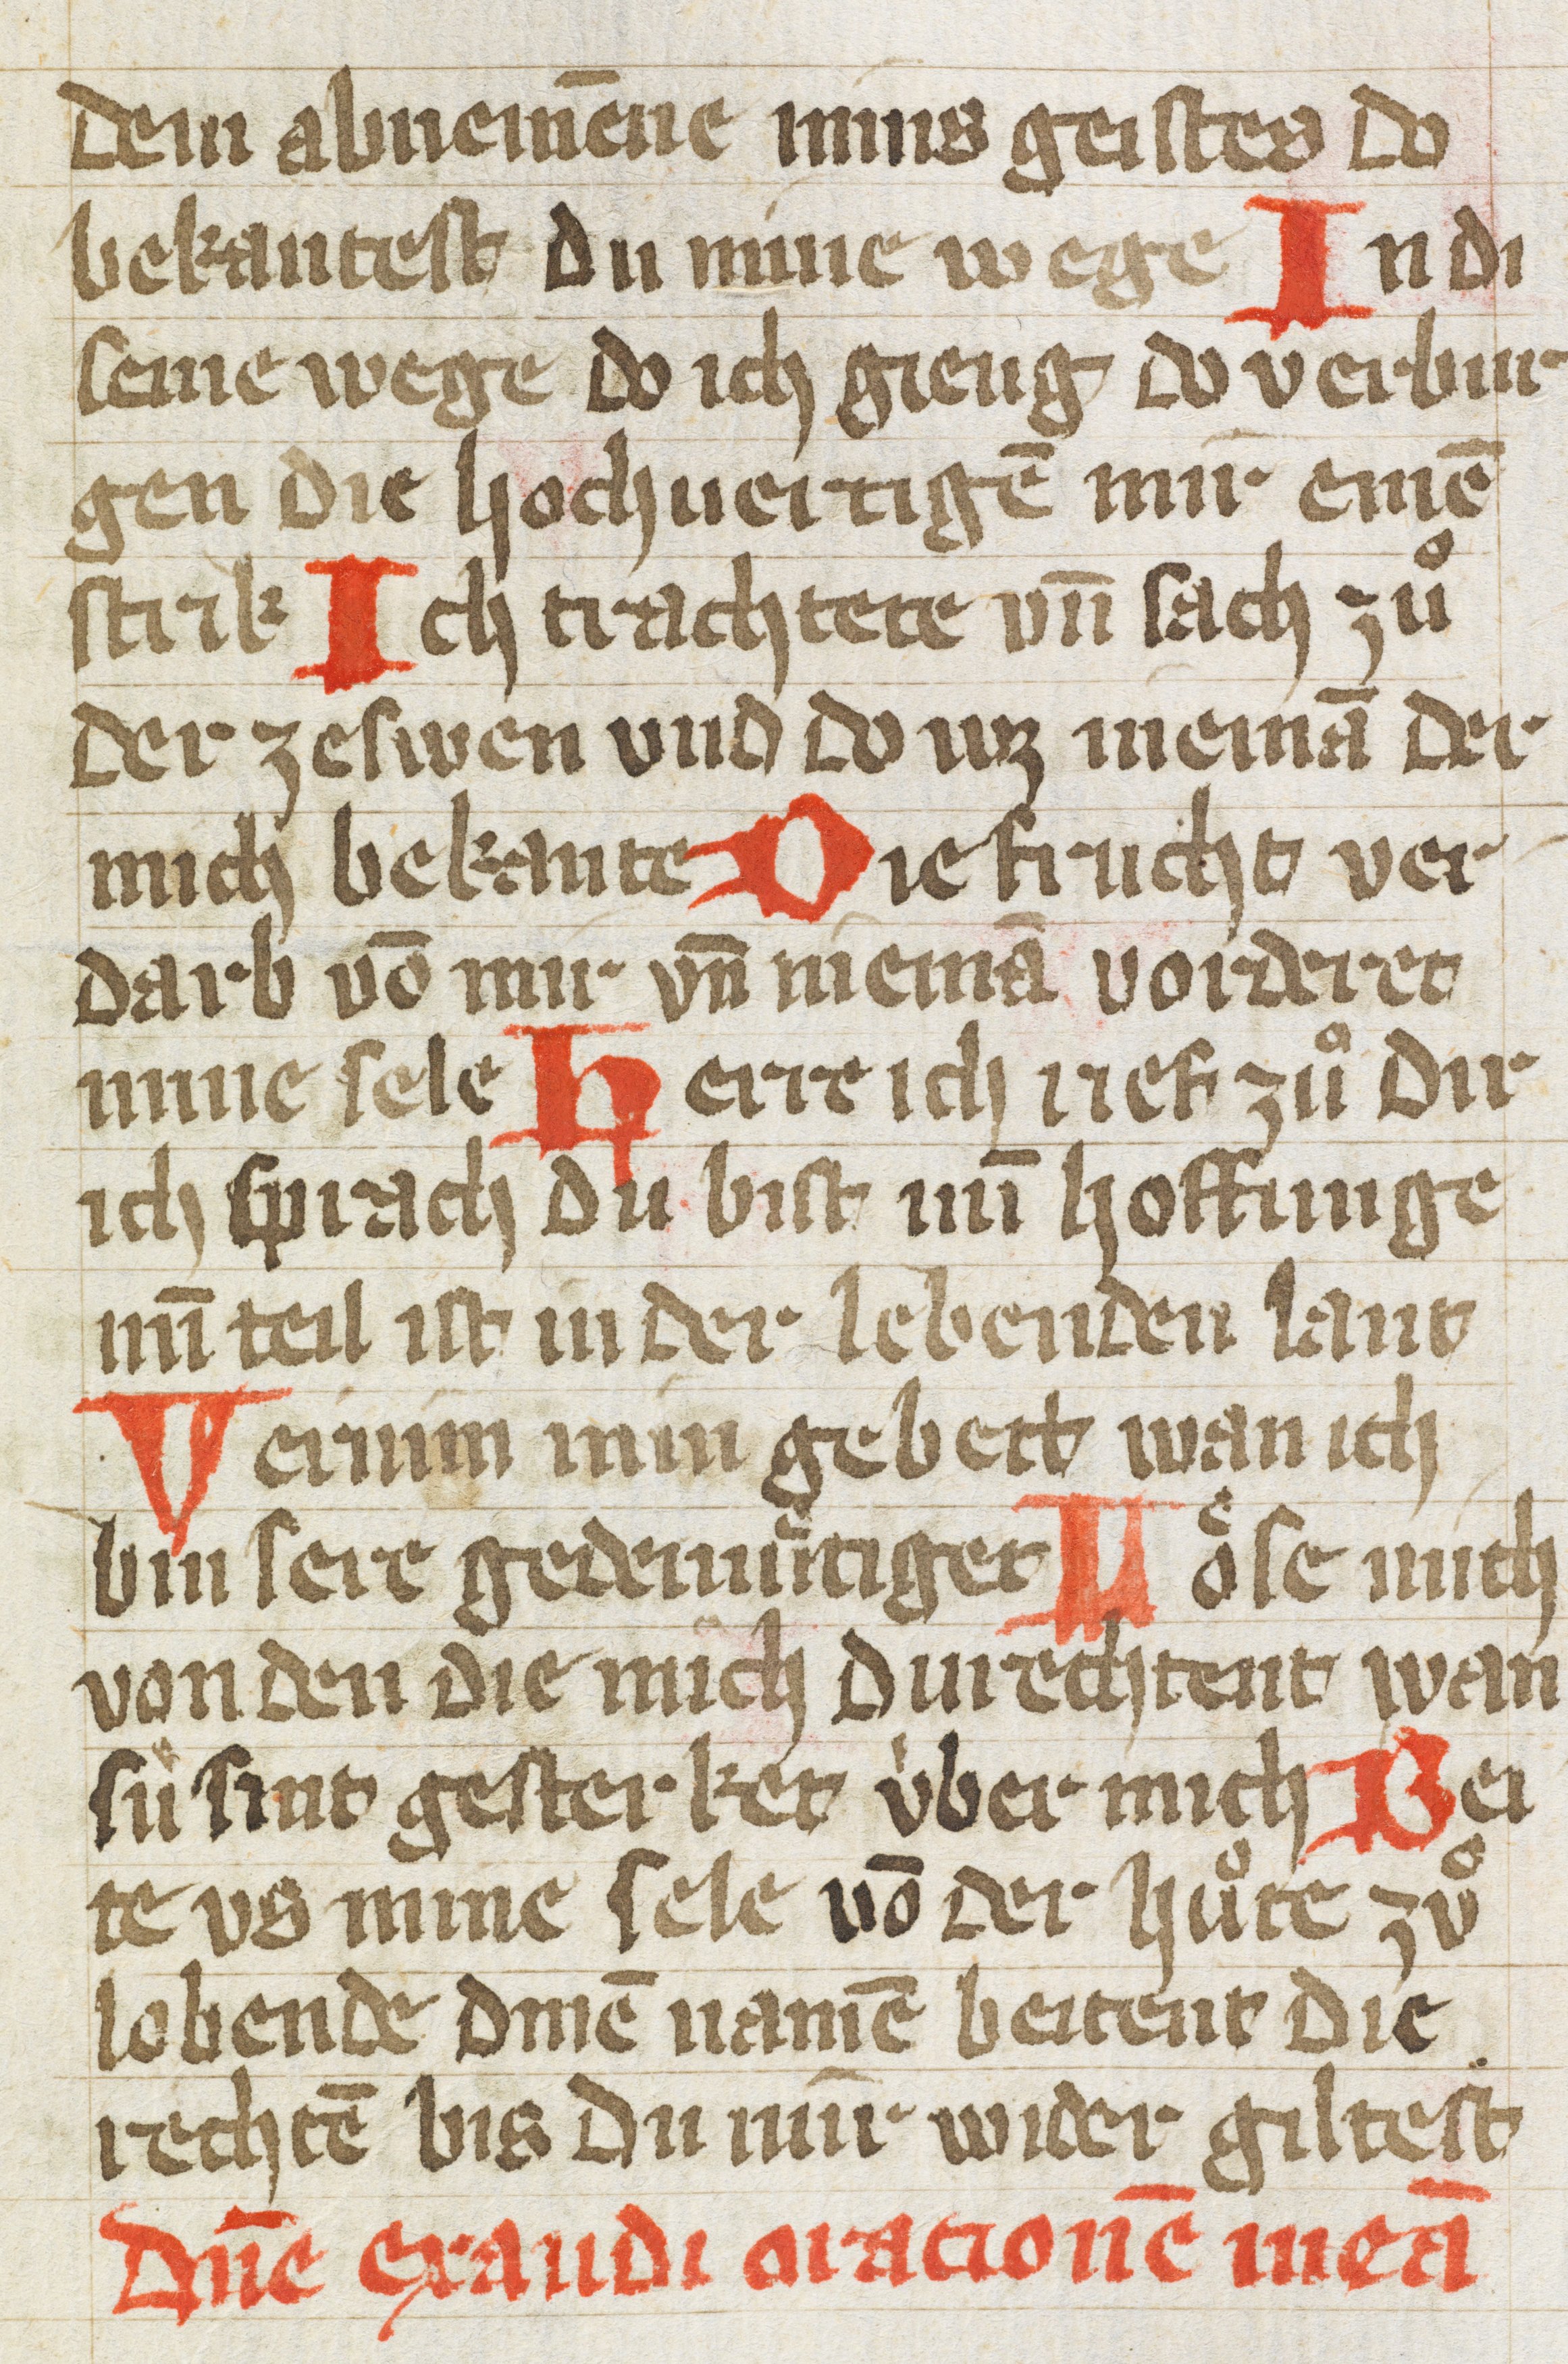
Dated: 1400–1430